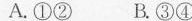
A.①② B.③④